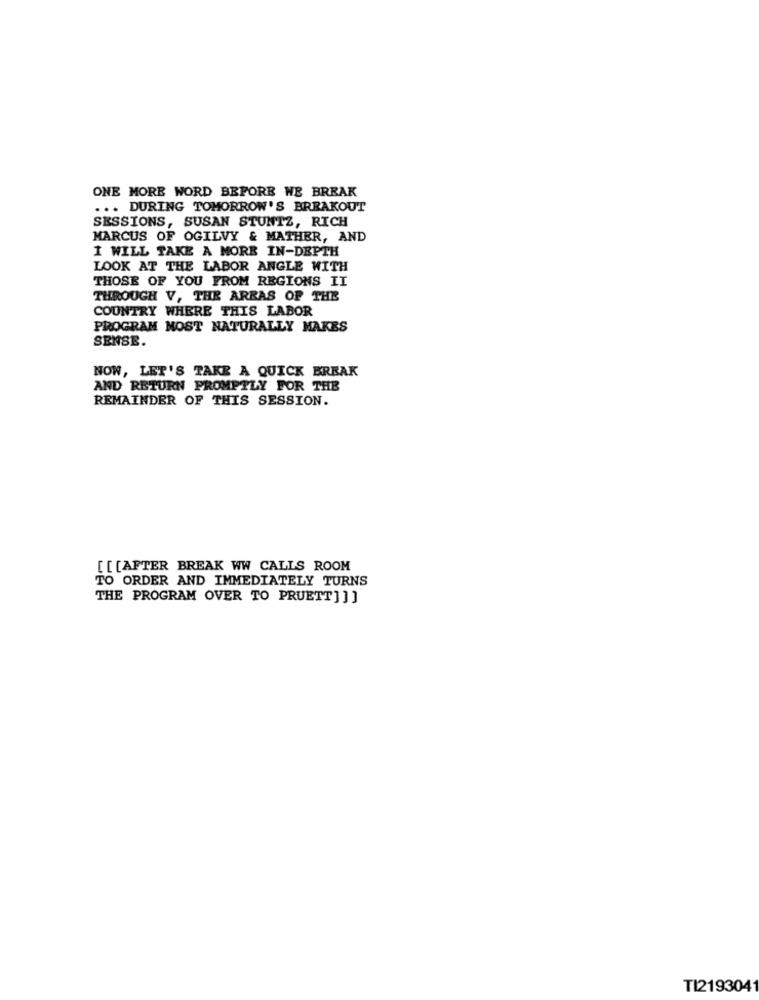
ONE MORE WORD BEFORE WE BREAK
... DURING TOMORROW'S BREAKOUT
SESSIONS, SUSAN STUNTZ, RICH
MARCUS OF OGILVY & MATHER, AND
I WILL TAKE A MORE IN-DEPTH
LOOK AT THE LABOR ANGLE WITH
THOSE OF YOU FROM REGIONS II
THROUGH V, THE ARRAS OF THE
COUNTRY WHERE THIS LABOR
PROGRAM NOST NATURALLY MAKES
SENSE.
NOW, LET'S TAKE A QUICK BREAK
AND RETURN PROMPTLY FOR THE
REMAINDER OF THIS SESSION.
[[[AFTER BREAK WW CALLS ROOM
TO ORDER AND IMMEDIATELY TURNS
THE PROGRAM OVER TO PRUETT] ]]
TI2193041